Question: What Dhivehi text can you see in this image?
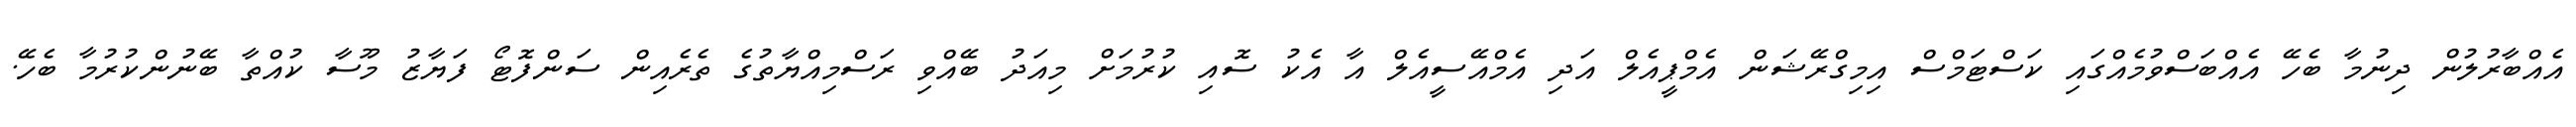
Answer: އެއްބާރުލުން ދިނުމާ ބެހޭ އެއްބަސްވުމެއްގައި ކަސްޓަމްސް އިމިގްރޭޝަން އެމްޕީއެލް އަދި އެމްއޭސީއެލް އާ އެކު ސޮއި ކުރުމަށް މިއަދު ބޭއްވި ރަސްމިއްޔާތުގެ ތެރެއިން ސަންފޮޓޯ ފަޔާޒު މޫސާ ކުއްތާ ބޭނުންކުރުމާ ބެހޭ.